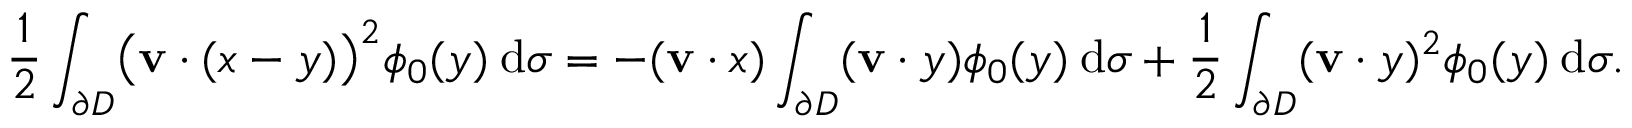
\frac { 1 } { 2 } \int _ { \partial D } \bigl ( \mathbf { v } \cdot ( x - y ) \bigr ) ^ { 2 } \phi _ { 0 } ( y ) \: \mathrm { d } \sigma = - ( \mathbf { v } \cdot x ) \int _ { \partial D } ( \mathbf { v } \cdot y ) \phi _ { 0 } ( y ) \: \mathrm { d } \sigma + \frac { 1 } { 2 } \int _ { \partial D } ( \mathbf { v } \cdot y ) ^ { 2 } \phi _ { 0 } ( y ) \: \mathrm { d } \sigma .